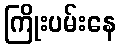
ကြိုးပမ်းနေ